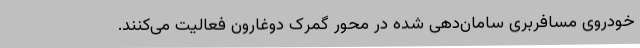
خودروی مسافربری سامان‌دهی شده‌ در محور گمرک دوغارون فعالیت می‌کنند.